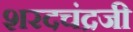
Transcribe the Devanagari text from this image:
शरदचंद्रजी